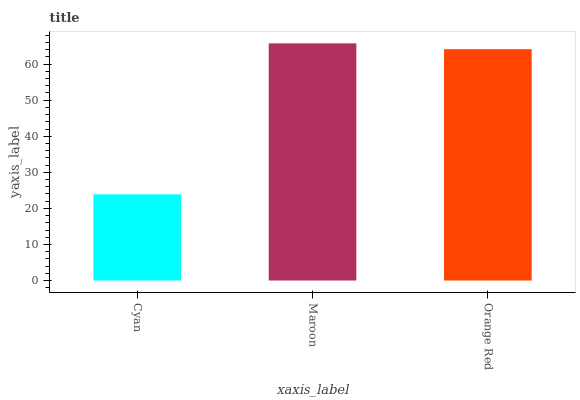
| xaxis_label | bars |
 | --- | --- |
 | Cyan | 23.9 |
 | Maroon | 65.7 |
 | Orange Red | 64.1 |